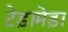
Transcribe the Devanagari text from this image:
टेड़ामेड़ा